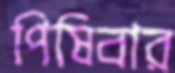
পিষিবার